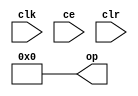
module sysgen_constant_a7c2a996dd (
  output [(32 - 1):0] op,
  input clk,
  input ce,
  input clr);
  assign op = 32'b00000000000000000000000000000000;
endmodule